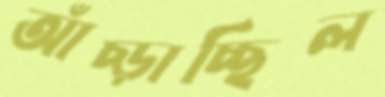
আঁচ্‌ড়াচ্ছিল